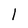
Character: l